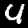
Label: 4